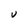
Character: U